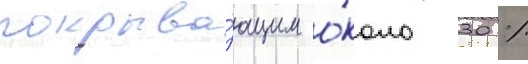
покрыва́ющим о́коло 30 %